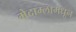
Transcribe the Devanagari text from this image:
मेदाम्लामधून